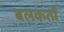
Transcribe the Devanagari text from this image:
बलकर्ता